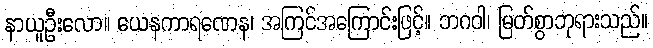
နာယူဦးလော။ ယေနကာရဏေန၊ အကြင်အကြောင်းဖြင့်။ ဘဂဝါ၊ မြတ်စွာဘုရားသည်။